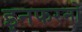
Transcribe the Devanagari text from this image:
इनफरनो